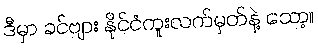
ဒီမှာ ခင်ဗျား နိုင်ငံကူးလက်မှတ်နဲ့ သော့။